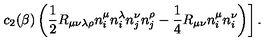
\left. c _ { 2 } ( \beta ) \left( \frac 1 2 R _ { \mu \nu \lambda \rho } n _ { i } ^ { \mu } n _ { i } ^ { \lambda } n _ { j } ^ { \nu } n _ { j } ^ { \rho } - \frac 1 4 R _ { \mu \nu } n _ { i } ^ { \mu } n _ { i } ^ { \nu } \right) \right] .